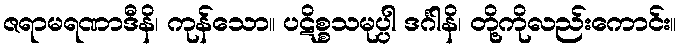
ဇရာမရဏာဒီနိ၊ ကုန်သော။ ပဋိစ္စသမုပ္ပါ ဒင်္ဂါနိ၊ တို့ကိုလည်းကောင်း။